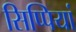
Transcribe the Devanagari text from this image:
सिप्पियां